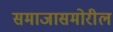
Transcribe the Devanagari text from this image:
समाजासमोरील